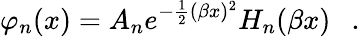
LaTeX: \varphi_{n}(x)=A_{n}e^{-\frac{1}{2}(\beta x)^{2}}H_{n}(\beta x)\ \ \ .